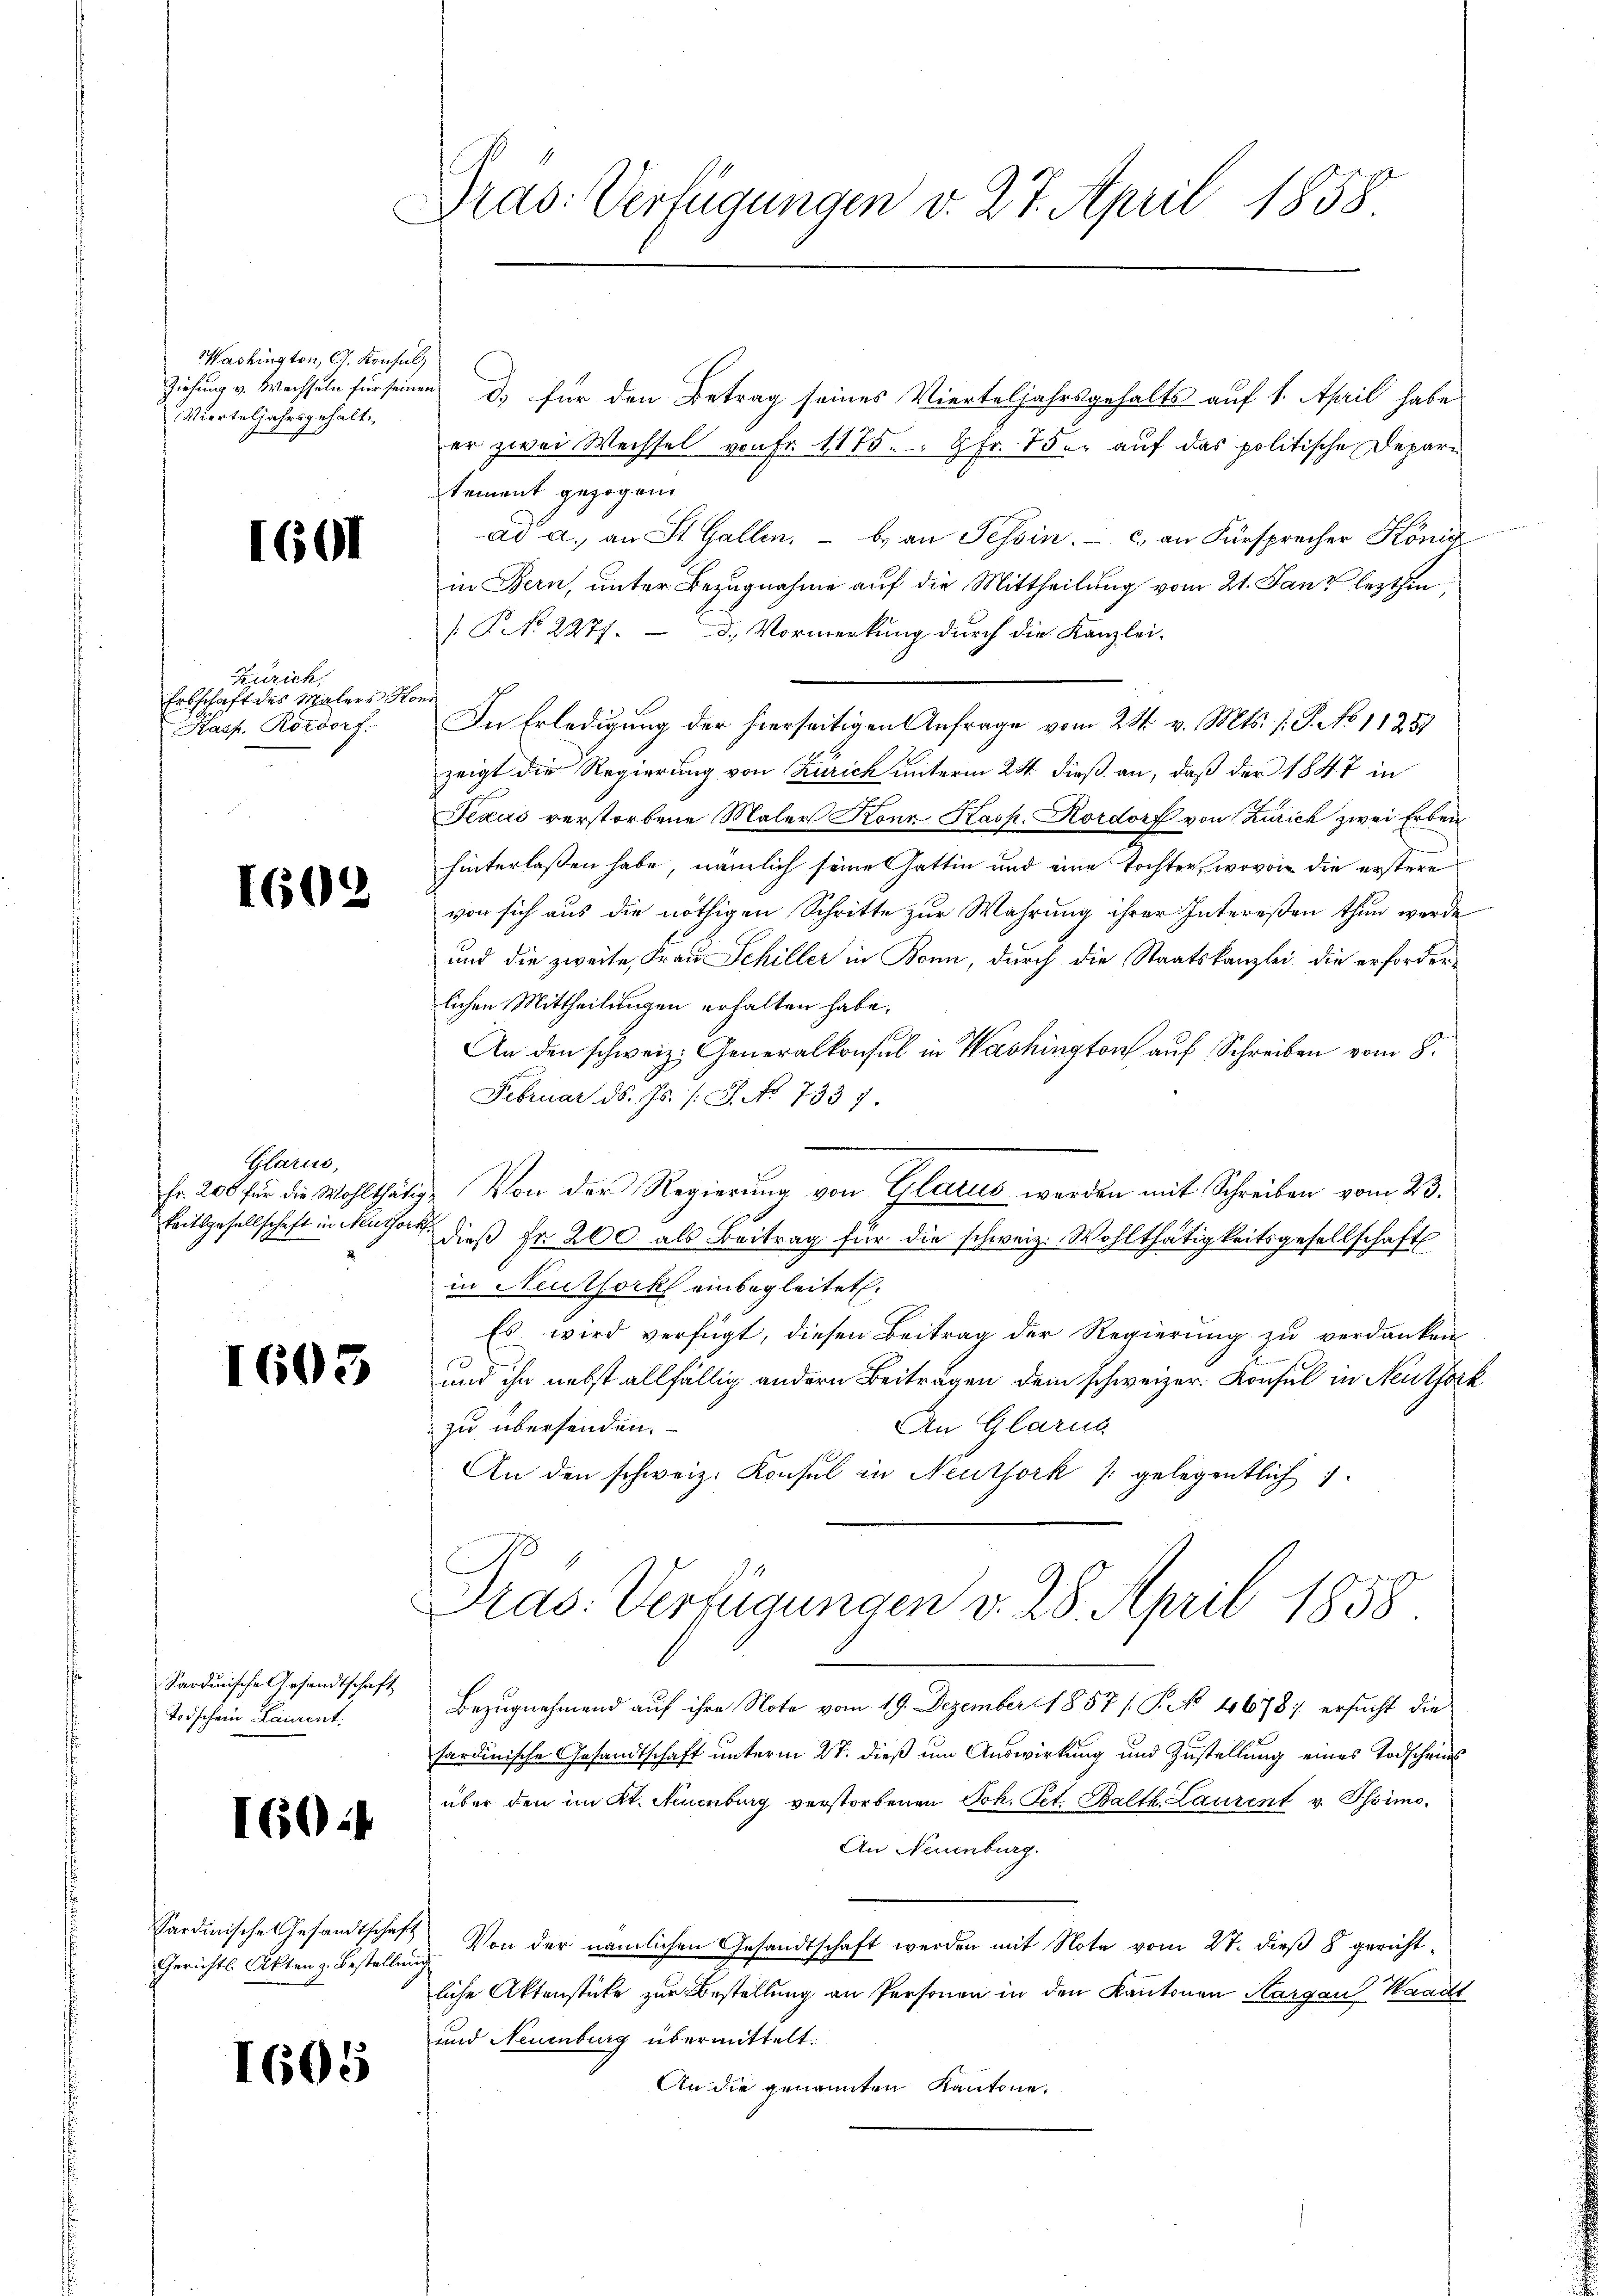
Washington, G. Konsul
Vierteljahrsgehalt

1601

Zürich
Erbschaft des Malers Hor
Hasf. Rordorf.

1602

Glarus,
Zeitsgesellschaft in Neuthors

1603

Sardinische Gesandtschaft
Todschein Laurent.

I604

Sardinische Gesandtschaft
Gerichts Akten z. Bestellung

1605

Gras: Verfügungen v. 27. April 1858

Ziehung v. Wachseln für seinen d. für den Betrag seines Vierteljahrsgehalts auf 1. April habe
er zwei Wechsel von Fr. 1175. 8 Fr. 75. auf das politische Departement gezogen.
ad a. an St. Gallen. - b. an Tessin. – c) an Fürsprecher König
in Bern, unter Bezugnahme auf die Mittheilung vom 21. Janz lezthin
[P No. 2277. d. Vormerkung durch die Kanzlei-
wert
In Erledigung der hierseitigen Anfrage vom 28. v. Mts. s. S. No 11257
zeigt die Regierung von Zürich unterm 24. dieß an, daß der 1847 in
Texas verstorbene Maler Konz Kasp. Hordorf von Zürich zwei Erben
hinterlaßen habe, nämlich seine Gattin und eine Tochter, wovon die erstere
von sich aus die nöthigen Schritte zur Wahrung ihrer Intereßen thun werde
und die zweite, Frau Schiller in Bonn, durch die Staatskanzlei die erforderlichen Mittheilungen erhalten habe.
An den schweiz. Generalkonsul in Washington auf Schreiben vom 8.
Februar d. Js. /: J. No 7337.
fr. 200 für die Wohlthätig- Von der Regierung von Glarus werden mit Schreiben vom 23.
4 dieß Fr. 200 als Beitrag für die schweiz. Wohlthätigkeitsgesellschaft
in Neuthork einbegleitet.
Es wird verfügt, diesen Beitrag der Regierung zu verdanken
und ihn nebst allfällig andern Beiträgen dem schweizer. Konsul in Neuthork
An Glarus
zu übersenden.
An den schweiz. Konsul in Neuthork / gelegentlich
Pras. Verfügungen v. 28. April 1858.
Bezugnehmend auf ihre Note vom 19. Dezember 1857 / P. 46787 ersucht die
sardinische Gesandtschaft unterm 27. dieß um Auswirkung und Zustellung eines Todscheins
über den im Kt. Neuenburg verstorbenen Joh. Pet. Balth. Laurent v. Pssimo¬
An Neuenburg.
 Von der nämlichen Gesandtschaft werden mit Note vom 27. dieß 8 gerichtliche Aktenstücke zur Bestellung an Personen in den Kantonen Kargau, Waadt
und Neuenburg übermittelt.
An die genannten Kantone.